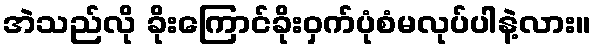
အဲသည်လို ခိုးကြောင်ခိုးဝှက်ပုံစံမလုပ်ပါနဲ့လား။